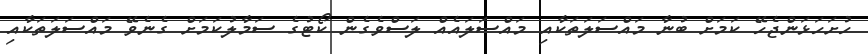
ހުށަހަޅަންޖެހޭ ކަމަށް ބުނާ މައްސަލަތަކާއި މައްސަލައެއް ލަސްވެގެން ކޯޓުގެ ސަމާލުކަމަށް ގެނެވޭ މައްސަލަތަކާއި